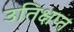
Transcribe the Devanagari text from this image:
उतिक्षप्त